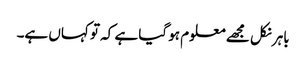
باہر نکل مجھے معلوم ہو گیا ہے کہ تو کہاں ہے۔